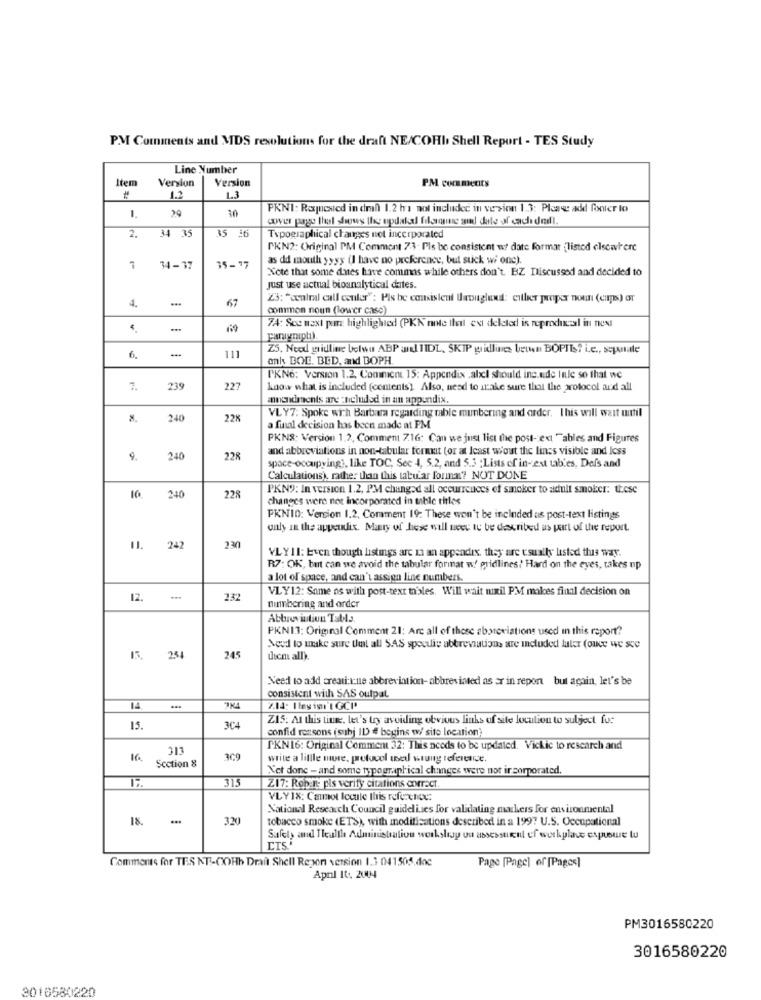
PM Comments and MDS resolutions for the draft NE/COFI Shell Report - TES Study
Line Number
Item
Version
Version
PM comments
1.2
1.3
10
PKNI: Rajnested in den 1.2 h not included in version 1.3: Please add fonter lo
1. 29
cover page theel shows the updated filsone and date of cach dell.
2. 34 35
35 26
Typographical changes not incorporated
PKN2: Original PM Comment 73- Pls be consistent wy date format (listed elsewhere
35-17
as dd mouth yyyy (I have no preference, but suck wi onc).
7
34-37
Xote that some dantes have commas while others don't. BIZ Discussed and decided to
Just use actual bioanalytical dates.
4
67
23: "ccalral call center": Pis be consistent Uuougluxil: either proper noun (cap) or
common noun (lower case)
74: Sce next prz highlighted (PKK note Ihel est deleted is reproduail in next
paraynıplı).
Z5. Need gridline belwu ABP und TIDL, SKIP guidlines betwen BOPTIS? i.e ., seprate
6. -
111
ank BOL. BED, and BOPH.
I'KNo: version 1.2, Comment 15: Appendix .alxl should ine.ede Inle so that we
7. 239
227
know what is included (contents) Also, need to take sure that the wolocol and all
annaideaents are :ncluded in an appendix.
VLY7: Spoke with Barbara regarding table mumbering and order. This will wait until
8. 240
228
a final decision has been made at PM
PKN8: Version 1.2, Comment 7.16: Can we just list the post- ext "ables and Figures
and abbreviations in non-tabular format (or at least wout the linss visible and less
9. 240
228
space-occupying ?, like TOC, Sec 4, 5.2, and 5.3 : Lists of in-ext tab.es, Defs and
Calculations), rather than this tabular forma? NOT DONE
PKN9: In version 1.2, I'M changed all occurrences ef smoker to adult smoker: these
10. 240
228
changes were not incorporated in table titles
PKNIO: Version 1.2. Comment 19: These won't be included as post-text listingss
only in the appendix. Many of hese will need to be described as part of the report.
11. 242
230
VLYII: Even though listings arc in an appendix, they are usually listed this way.
R7: OK, but can we avoid the tabular format w' gridlines? Hard on the eyes, takes up
a lot of space, and can't assign line numbers.
VLY12: Same as with post-text tables. Will wait mixil PM males final decision on
12. -
232
numbering and order
Abbreviation Tabla
PKN13: Original Comment 21: Arc all of these sborcviations used in this report?
Need to make sure that all SAS speculie abbreviations are included ller (once we sce
15. 254
245
dicm all).
Need to add creati:r.ne abbreviation- abbreviated as ar in report but again, let's be
consistent with SAS outpat
7.14: I les ini I GCP
Z15: At this time, let's try avoiding obvious links of site location to subject fu:
15.
304
confid ressons (subj ID # begins / site location;
313
TKNI6: Original Comment 32: This needs to be updated. Vickic to research and
Section 8
309
write a little more, protocol wed wrung reference.
Not done - and some typographical changes were not incorporated.
315
Z17: Robine pis verify citations correct.
VLY IX: Cannot Iccute this reference:
National Research Council guidelines for validating markers for environmental
18.
320
tobacco smoke (ETS), with modifications described in a 1997 U.S. Occupational
Safety and Health Administration workshop ou assessment of workplace expuswe tu
ETS
Comments for TES NT .- COHb Draft Shell Repon version 1.3 041505.doc
Page [Page] of [Pages]
April 10. 2004
PM3016580220
3016580220
3010580220